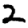
Digit: 2